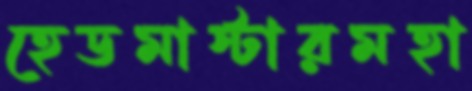
হেডমাস্টারমহা